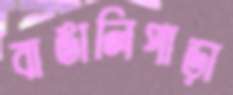
বাঙালিপাড়া